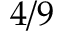
4 / 9